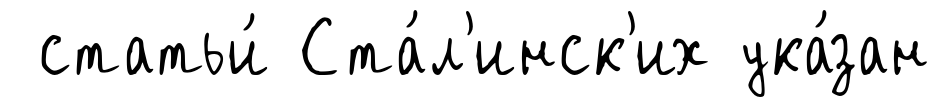
статьи́ Ста́л'инск'их ука́зан